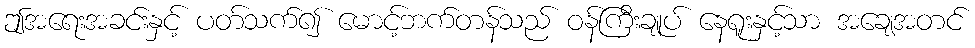
ဤအရေးအခင်းနှင့် ပတ်သက်၍ မောင့်ဘက်တန်သည် ဝန်ကြီးချုပ် နေရူးနှင့်သာ အချေအတင်